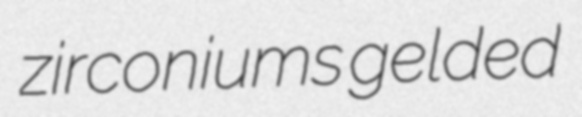
zirconiums gelded